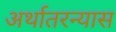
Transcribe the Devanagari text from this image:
अर्थातरन्यास